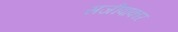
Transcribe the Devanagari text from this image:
सजीवाकार